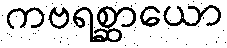
ကဗရစ္ဆာယော